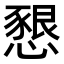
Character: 𢡆